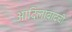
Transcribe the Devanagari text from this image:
आदिलाबादची